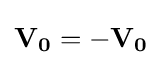
\mathbf {V_{0}} =-\mathbf {V_{0}}